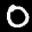
Label: 0